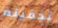
تخفينه